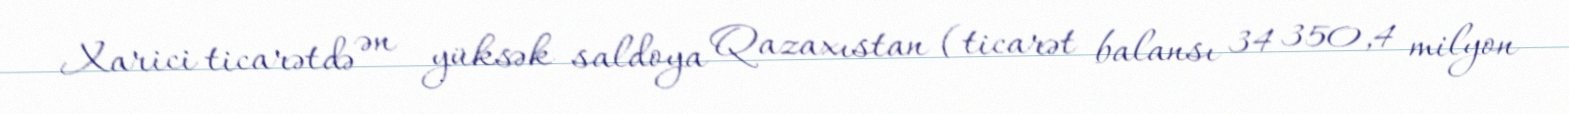
Xarici ticarətdə ən yüksək saldoya Qazaxıstan (ticarət balansı 34 350,4 milyon